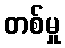
တစ်မှု